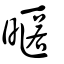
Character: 暱